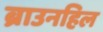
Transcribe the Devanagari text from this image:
ब्राउनहिल